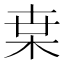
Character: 枽